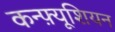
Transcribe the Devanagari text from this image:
कन्फ़्यूशियन